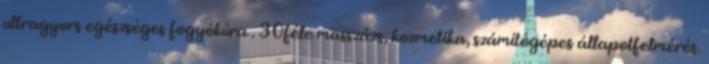
ultragyors egészséges fogyókúra . 30féle masszázs, kozmetika, számítógépes állapotfelmérés.